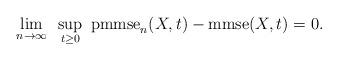
LaTeX: \begin{align*} \lim_{n\to \infty} ~ \sup_{t \ge 0} ~ \mathrm{pmmse}_n(X,t) - \mathrm{mmse}(X,t) = 0.\end{align*}